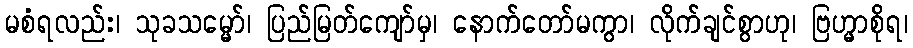
မစံရလည်း၊ သုခသမ္မော်၊ ပြည်မြတ်ကျော်မှ၊ နောက်တော်မကွာ၊ လိုက်ချင်စွာဟု၊ ဗြဟ္မာစိုရ၊